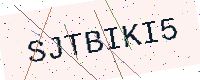
Text: SJTBIKI5